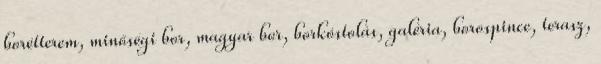
borétterem, minőségi bor, magyar bor, borkóstolás, galéria, borospince, terasz,